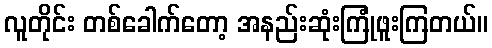
လူတိုင်း တစ်ခေါက်တော့ အနည်းဆုံးကြုံဖူးကြတယ်။